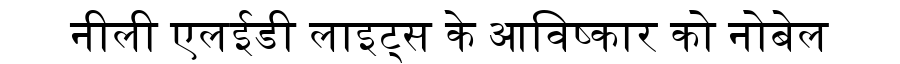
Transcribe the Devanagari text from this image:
नीली एलईडी लाइट्स के आविष्कार को नोबेल